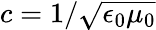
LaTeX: c=1/\sqrt{\epsilon_{0}\mu_{0}}